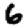
Digit: 6